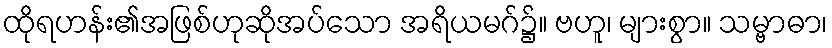
ထိုရဟန်း၏အဖြစ်ဟုဆိုအပ်သော အရိယမဂ်၌။ ဗဟူ၊ များစွာ။ သမ္ဗာဓာ၊